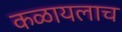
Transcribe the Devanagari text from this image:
कळायलाच